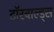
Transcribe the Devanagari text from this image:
टॉरवाल्ड्स